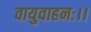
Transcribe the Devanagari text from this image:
वायुवाहनः।।